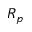
R _ { p }